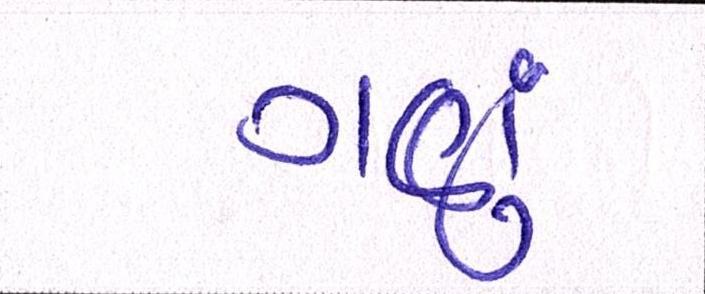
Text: ગણું